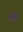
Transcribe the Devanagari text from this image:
ओडूरु